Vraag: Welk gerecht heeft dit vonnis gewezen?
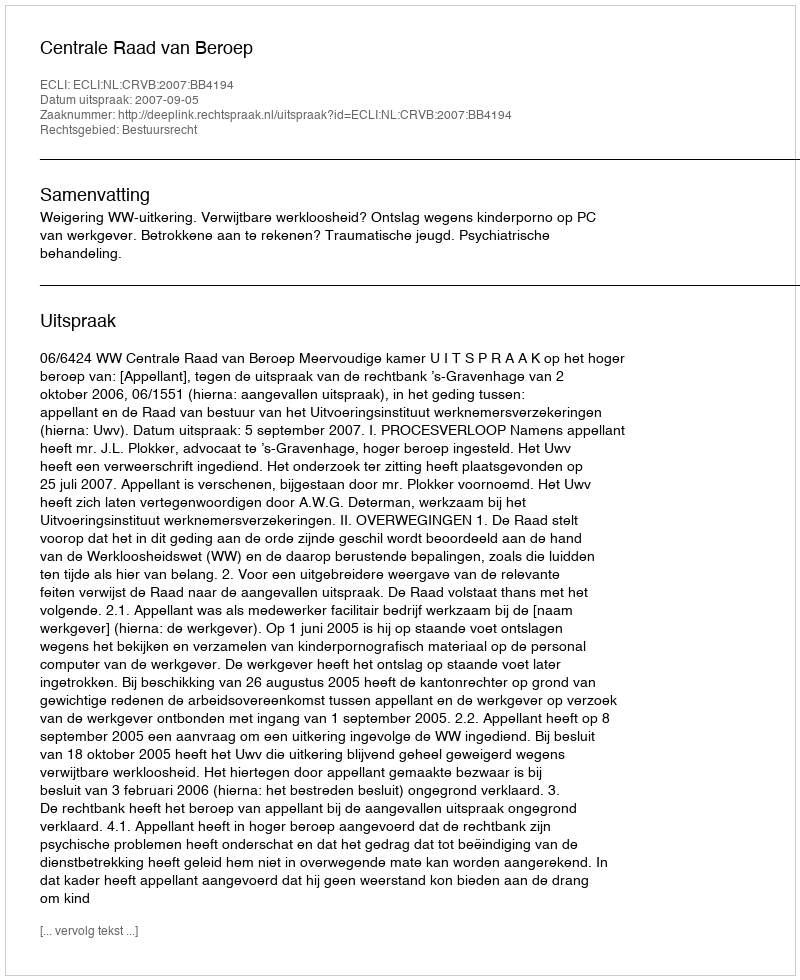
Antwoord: Centrale Raad van Beroep